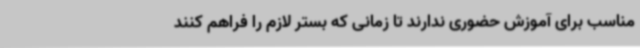
مناسب برای آموزش حضوری ندارند تا زمانی که بستر لازم را فراهم کنند